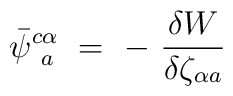
\bar{\psi}^{c\alpha}_{\phantom{c}a}\ =\ -\ \frac{\delta W}{\delta\zeta^{\phantom{\rho}}_{\alpha a}}